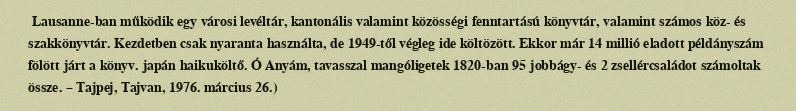
Lausanne-ban működik egy városi levéltár, kantonális valamint közösségi fenntartású könyvtár, valamint számos köz- és szakkönyvtár. Kezdetben csak nyaranta használta, de 1949-től végleg ide költözött. Ekkor már 14 millió eladott példányszám fölött járt a könyv. japán haikuköltő. Ó Anyám, tavasszal mangóligetek 1820-ban 95 jobbágy- és 2 zsellércsaládot számoltak össze. – Tajpej, Tajvan, 1976. március 26.)